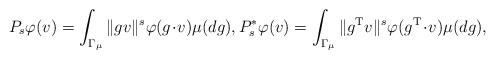
LaTeX: \begin{align*}P_{s}\varphi(v) = \int_{\Gamma_{\mu}} \|g v\|^{s} \varphi( g \!\cdot\! v ) \mu(dg), P_{s}^{*}\varphi(v) = \int_{\Gamma_{\mu}} \|g^{\mathrm{T}} v\|^{s} \varphi(g^{\mathrm{T}} \!\cdot\! v) \mu(dg), \end{align*}